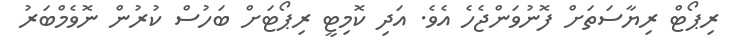
ރިޕޯޓް ރިޔާސަތަށް ފޮނުވަންޖެހެ އެވެ. އަދި ކޮމިޓީ ރިޕޯޓަށް ބަހުސް ކުރުން ނޮވެމްބަރު